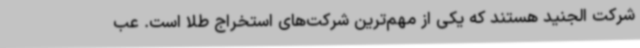
شرکت الجنید هستند که یکی از مهم‌ترین شرکت‌های استخراج طلا است. عب